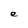
Character: e